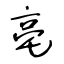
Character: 亳